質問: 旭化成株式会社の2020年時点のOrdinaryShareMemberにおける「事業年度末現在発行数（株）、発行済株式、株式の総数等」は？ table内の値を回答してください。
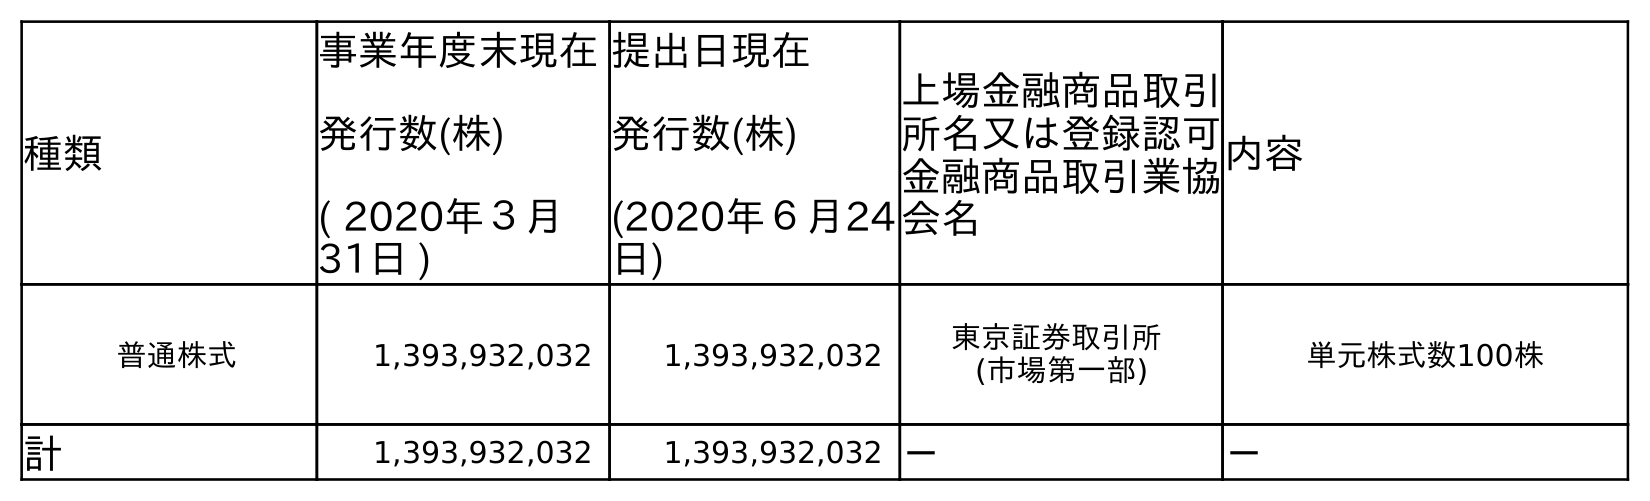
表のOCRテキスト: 種類 事業年度末現在 発行数(株) ( 2020年３月 31日 ) 提出日現在 発行数(株) (2020年６月24 日) 上場金融商品取引 所名又は登録認可 金融商品取引業協 会名 内容 普通株式 1,393,932,032 1,393,932,032 東京証券取引所 (市場第一部) 単元株式数100株 計 1,393,932,032 1,393,932,032 － －
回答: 1,393,932,032